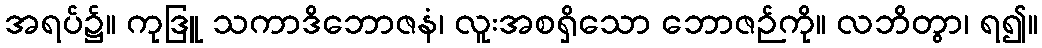
အရပ်၌။ ကုဒြူ သကာဒိဘောဇနံ၊ လူးအစရှိသော ဘောဇဉ်ကို။ လဘိတွာ၊ ရ၍။